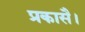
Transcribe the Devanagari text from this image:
प्रकासै।